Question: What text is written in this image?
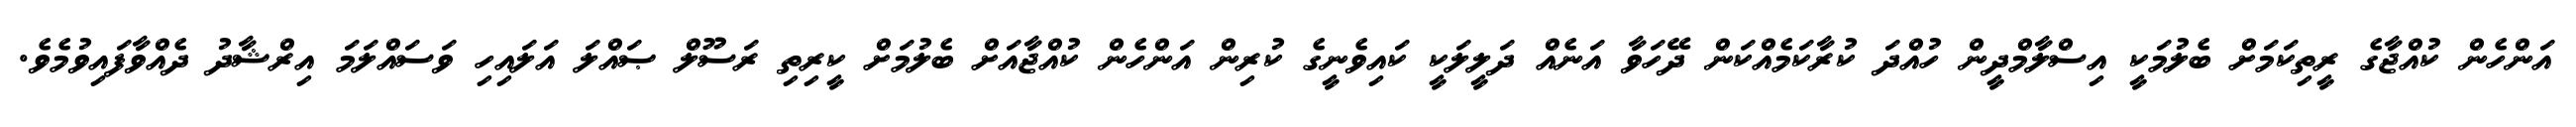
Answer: އަންހެން ކުއްޖާގެ ރީތިކަމަށް ބެލުމަކީ އިސްލާމްދީން ހުއްދަ ކުރާކަމެއްކަން ދޭހަވާ އަނެއް ދަލީލަކީ ކައިވެނީގެ ކުރިން އަންހެން ކުއްޖާއަށް ބެލުމަށް ކީރިތި ރަސޫލް ޞައްލަ އަލައިހި ވަސައްލަމަ އިރްޝާދު ދެއްވާފައިވުމެވެ.